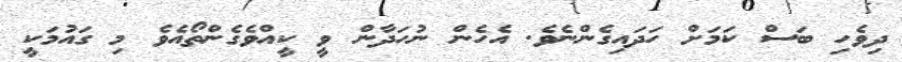
ދިވެހި ބަސް ކަމަށް ހަދައިގެންނެވެ. އެހެން ނުހަދާން ވީ ކީއްވެގެންތޯއެވެ މި ގައުމަކީ